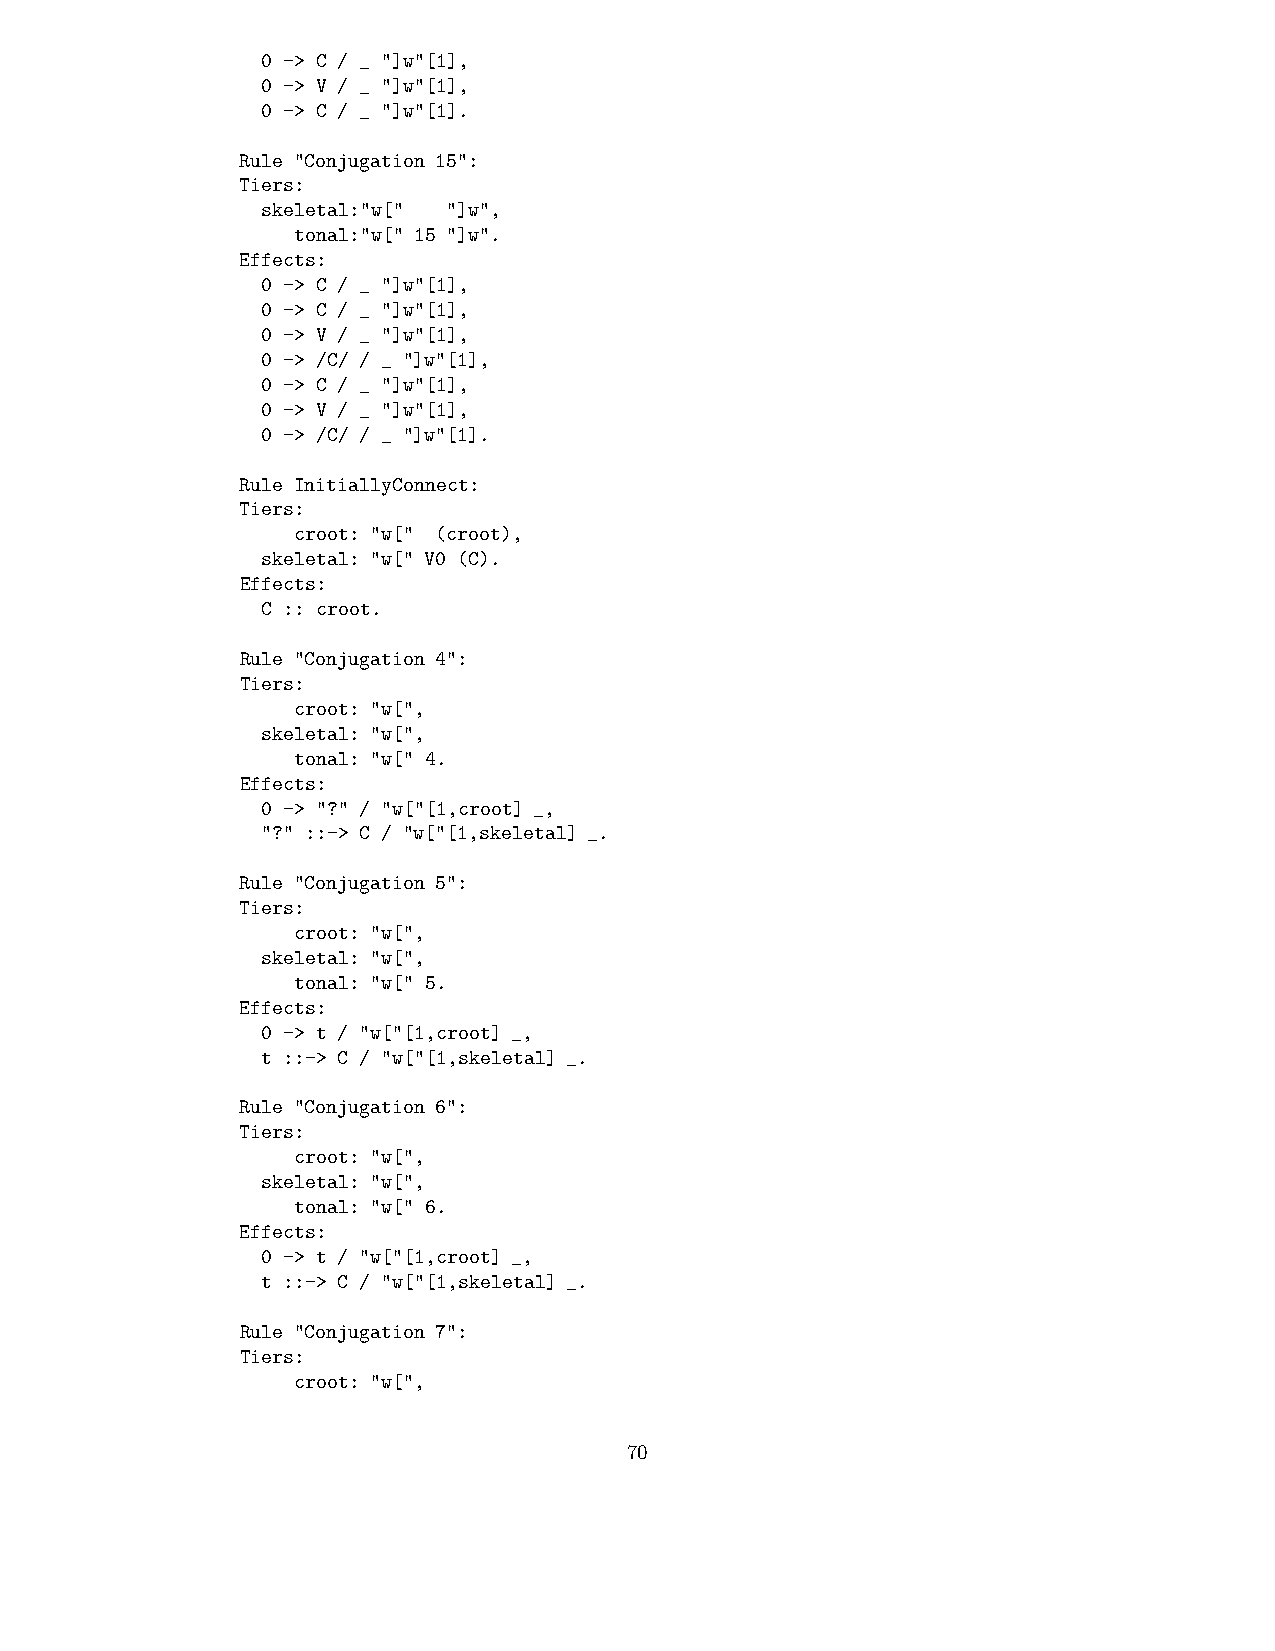
0 -> C / _ "]w"[1],
 0 -> V / _ "]w"[1],
 0 -> C / _ "]w"[1].
 Rule "Conjugation 15":
 Tiers:
 skeletal:"w[" "]w",
 tonal:"w[" 15 "]w".
 Effects:
 0 -> C / _ "]w"[1],
 0 -> C / _ "]w"[1],
 0 -> V / _ "]w"[1],
 0 -> /C/ / _ "]w"[1],
 0 -> C / _ "]w"[1],
 0 -> V / _ "]w"[1],
 0 -> /C/ / _ "]w"[1].
 Rule InitiallyConnect:
 Tiers:
 croot: "w[" (croot),
 skeletal: "w[" V0 (C).
 Effects:
 C :: croot.
 Rule "Conjugation 4":
 Tiers:
 croot: "w[",
 skeletal: "w[",
 tonal: "w[" 4.
 Effects:
 0 -> "?" / "w["[1,croot] _,
 "?" ::-> C / "w["[1,skeletal] _.
 Rule "Conjugation 5":
 Tiers:
 croot: "w[",
 skeletal: "w[",
 tonal: "w[" 5.
 Effects:
 0 -> t / "w["[1,croot] _,
 t ::-> C / "w["[1,skeletal] _.
 Rule "Conjugation 6":
 Tiers:
 croot: "w[",
 skeletal: "w[",
 tonal: "w[" 6.
 Effects:
 0 -> t / "w["[1,croot] _,
 t ::-> C / "w["[1,skeletal] _.
 Rule "Conjugation 7":
 Tiers:
 croot: "w[",
 70